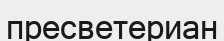
пресветериан